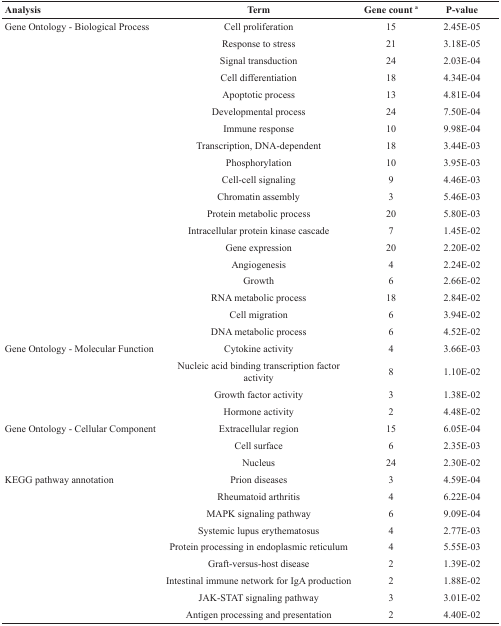
<table><thead><tr><td><b>Analysis</b></td><td><b>Term</b></td><td><b>Gene count <sup>a</sup></b></td><td><b>P-value</b></td></tr></thead><tbody><tr><td>Gene Ontology - Biological Process</td><td>Cell proliferation</td><td>15</td><td>2.45E-05</td></tr><tr><td></td><td>Response to stress</td><td>21</td><td>3.18E-05</td></tr><tr><td></td><td>Signal transduction</td><td>24</td><td>2.03E-04</td></tr><tr><td></td><td>Cell differentiation</td><td>18</td><td>4.34E-04</td></tr><tr><td></td><td>Apoptotic process</td><td>13</td><td>4.81E-04</td></tr><tr><td></td><td>Developmental process</td><td>24</td><td>7.50E-04</td></tr><tr><td></td><td>Immune response</td><td>10</td><td>9.98E-04</td></tr><tr><td></td><td>Transcription, DNA-dependent</td><td>18</td><td>3.44E-03</td></tr><tr><td></td><td>Phosphorylation</td><td>10</td><td>3.95E-03</td></tr><tr><td></td><td>Cell-cell signaling</td><td>9</td><td>4.46E-03</td></tr><tr><td></td><td>Chromatin assembly</td><td>3</td><td>5.46E-03</td></tr><tr><td></td><td>Protein metabolic process</td><td>20</td><td>5.80E-03</td></tr><tr><td></td><td>Intracellular protein kinase cascade</td><td>7</td><td>1.45E-02</td></tr><tr><td></td><td>Gene expression</td><td>20</td><td>2.20E-02</td></tr><tr><td></td><td>Angiogenesis</td><td>4</td><td>2.24E-02</td></tr><tr><td></td><td>Growth</td><td>6</td><td>2.66E-02</td></tr><tr><td></td><td>RNA metabolic process</td><td>18</td><td>2.84E-02</td></tr><tr><td></td><td>Cell migration</td><td>6</td><td>3.94E-02</td></tr><tr><td></td><td>DNA metabolic process</td><td>6</td><td>4.52E-02</td></tr><tr><td>Gene Ontology - Molecular Function</td><td>Cytokine activity</td><td>4</td><td>3.66E-03</td></tr><tr><td></td><td>Nucleic acid binding transcription factor activity</td><td>8</td><td>1.10E-02</td></tr><tr><td></td><td>Growth factor activity</td><td>3</td><td>1.38E-02</td></tr><tr><td></td><td>Hormone activity</td><td>2</td><td>4.48E-02</td></tr><tr><td>Gene Ontology - Cellular Component</td><td>Extracellular region</td><td>15</td><td>6.05E-04</td></tr><tr><td></td><td>Cell surface</td><td>6</td><td>2.35E-03</td></tr><tr><td></td><td>Nucleus</td><td>24</td><td>2.30E-02</td></tr><tr><td>KEGG pathway annotation</td><td>Prion diseases</td><td>3</td><td>4.59E-04</td></tr><tr><td></td><td>Rheumatoid arthritis</td><td>4</td><td>6.22E-04</td></tr><tr><td></td><td>MAPK signaling pathway</td><td>6</td><td>9.09E-04</td></tr><tr><td></td><td>Systemic lupus erythematosus</td><td>4</td><td>2.77E-03</td></tr><tr><td></td><td>Protein processing in endoplasmic reticulum</td><td>4</td><td>5.55E-03</td></tr><tr><td></td><td>Graft-versus-host disease</td><td>2</td><td>1.39E-02</td></tr><tr><td></td><td>Intestinal immune network for IgA production</td><td>2</td><td>1.88E-02</td></tr><tr><td></td><td>JAK-STAT signaling pathway</td><td>3</td><td>3.01E-02</td></tr><tr><td></td><td>Antigen processing and presentation</td><td>2</td><td>4.40E-02</td></tr></tbody></table>